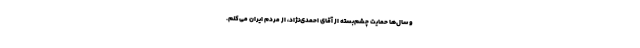
و سال‌ها حمایت چشم‌بسته از آقای احمدی‌نژاد، از مردم ایران می‌کنم.